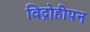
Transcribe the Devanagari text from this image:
विद्रोहीपन